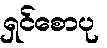
ရှင်စောပု